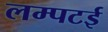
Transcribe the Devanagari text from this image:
लम्पटई